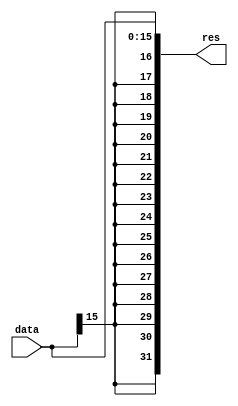
`timescale 1ns/1ns
module SignExtender(input [15:0] data, output [31:0] res);
    assign res = {{16{data[15]}}, data};
endmodule